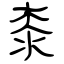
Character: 桼